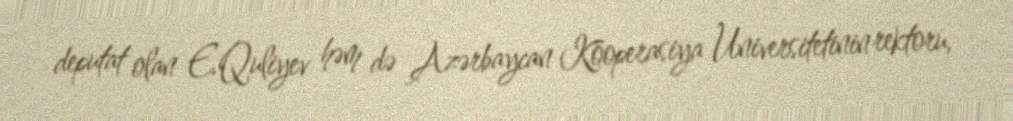
deputat olan E.Quliyev həm də Azərbaycan Kooperasiya Universitetinin rektoru,